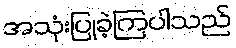
အသုံးပြုခဲ့ကြပါသည်